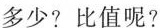
多少?比值呢?